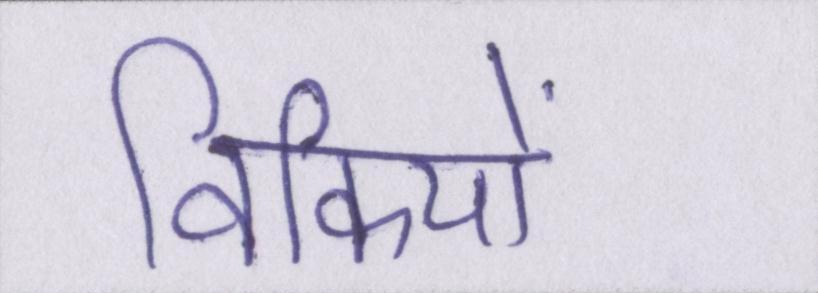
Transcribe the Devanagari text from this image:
विकियों